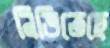
নিভিতেছে